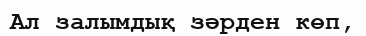
Ал залымдық зәрден көп,